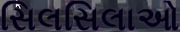
સિલસિલાઓ